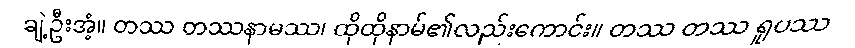
ချဲ့ဦးအံ့။ တဿ တဿနာမဿ၊ ထိုထိုနာမ်၏လည်းကောင်း။ တဿ တဿ ရူပဿ